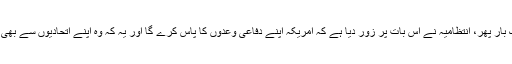
اس دستاویز میں ایک بار پھر، انتظامیہ نے اس بات پر زور دیا ہے کہ امریکہ اپنے دفاعی وعدوں کا پاس کرے گا اور یہ کہ وہ اپنے اتحادیوں سے بھی یہی توقع رکھتا ہے۔